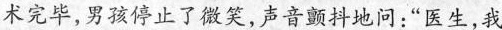
术完毕，男孩停止了微笑，声音颤抖地问：”医生，我